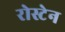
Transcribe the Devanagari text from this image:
रोस्टेन